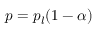
p = p _ { l } ( 1 - \alpha )